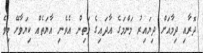
ދޮރާއި ދިމާއަށް ދިޔައިރު މަންމަގެ އާދައިގެ މަތިން އެވެނި އާޔަތެއް ކިޔަވާށޭ މިވެ